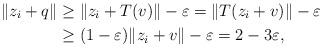
LaTeX: \begin{align*} \|z_i + q\| &\ge \|z_i + T(v)\| - \varepsilon = \|T(z_i + v)\| - \varepsilon \\ &\ge (1-\varepsilon)\|z_i + v\| - \varepsilon = 2 - 3\varepsilon, \end{align*}